system: You are a helpful assistant.
user:
Analyze the provided spectrum to determine if it is a **Carbon Star (C-type)**.

- **Key Visual Indicators of Carbon Star:**
    - **(Primary):** Strong molecular absorption from **C₂ (diatomic carbon) "Swan Bands."** This is the **defining feature** of a carbon star.
        - **(Key Bandheads):** Sharp absorption edges are visible at approximately $5635$ Å, $5165$ Å (the strongest band), and $4737$ Å.
        - **(Line Profile):** Creates a distinct **"saw-tooth"** pattern. The key morphology is a sharp, steep bandhead on the **red (long-wavelength) side**, which then gradually tapers off (i.e., flux recovers) towards the **blue (short-wavelength) side**. *(This is the direct opposite of the TiO bands seen in M-type stars)*.

    - **(Secondary):** Intense **CN (cyanogen)** molecular absorption bands.
        - **(Key Bandheads):** Located in the blue and violet regions of the spectrum (e.g., near $4215$ Å and $3883$ Å).
        - **(Morphology):** These bands are extremely broad and act as a "blanket," absorbing the vast majority of blue and violet light. This creates a characteristic **"cliff"** or **"steep drop-off"** in the spectrum's flux at short wavelengths.

    - **(Key Confirmation):** Strong **CH absorption band (G-band)**.
        - **(Key Bandhead):** Located around $4300$ Å. The contribution from CH molecules to this band is exceptionally strong.

    - **(Overall Spectrum):**
        - The continuum is severely "chopped up" by these deep molecular bands, especially C₂, rather than appearing as a smooth curve.
        - Due to the heavy CN and C₂ absorption in the blue-green, the vast majority of the star's flux is concentrated in the red part of the spectrum, giving the star its characteristic deep red color.

Think first, call **spectral_visualization_tool** if needed to examine features in detail, then provide your final answer. Your response must adhere to the following strict rules:
1.  **Overall Structure:** Your response must follow the format `<think>...</think> <tool_call>...</tool_call> (if a tool is used) <answer>...</answer>`.
2.  **Tool Usage Constraint:** You may only make **one** tool call per turn.
3.  **Final Answer Format:** In the `<answer>` tag, your conclusion must be inside a `\boxed{}` command (e.g., `\boxed{YES}`), followed by your justification.

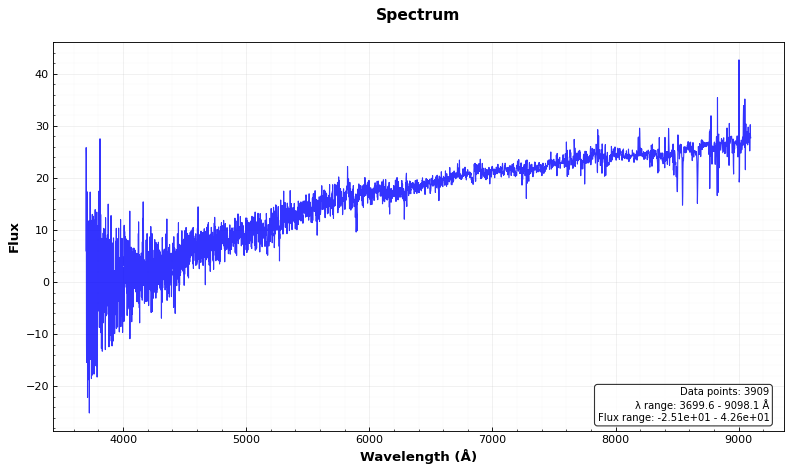
Answer: NO